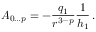
A _ { 0 \ldots p } = - \frac { q _ { 1 } } { r ^ { 3 - p } } \frac { 1 } { h _ { 1 } } \, .